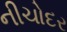
નીચોદર